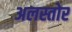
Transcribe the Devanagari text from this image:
अलस्तोर